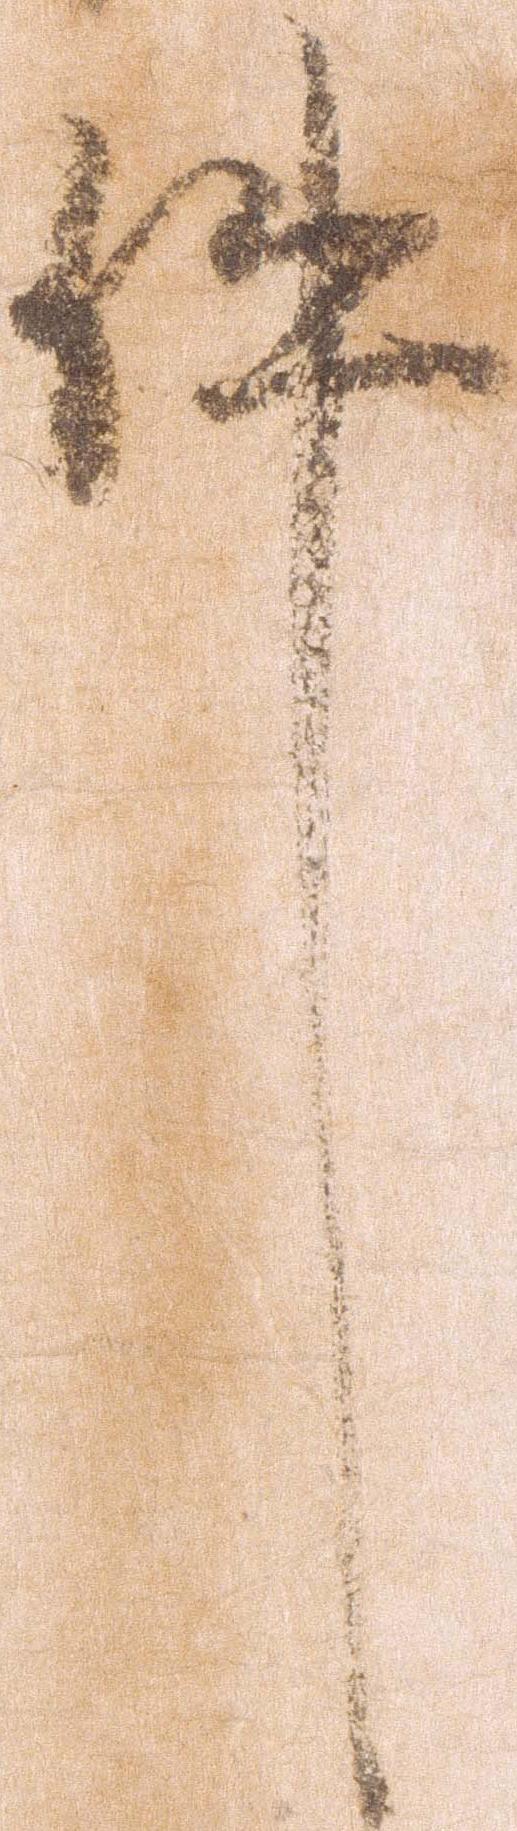
件